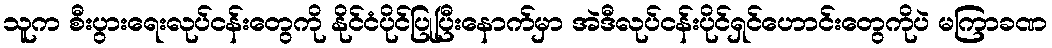
သူက စီးပွားရေးလုပ်ငန်းတွေကို နိုင်ငံပိုင်ပြုပြီးနောက်မှာ အဲဒီလုပ်ငန်းပိုင်ရှင်ဟောင်းတွေကိုပဲ မကြာခဏ